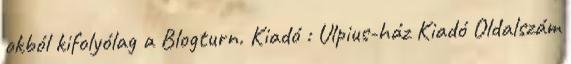
okból kifolyólag a Blogturn. Kiadó : Ulpius-ház Kiadó Oldalszám